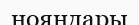
нояндары